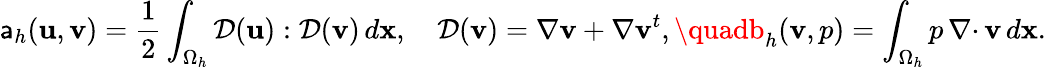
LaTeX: \mathsf{a}_{h}({\mathbf{u}},{\mathbf{v}})=\frac{1}{2}\int_{\Omega_{h}}{\mathcal{{D}}}({\mathbf{u}}):{\mathcal{{D}}}({\mathbf{v}})\, d{\mathbf{x}},\quad{\mathcal{{D}}}({\mathbf{v}})=\nabla{\mathbf{v}}+\nabla{\mathbf{v}}^{t},\quadb_{h}({\mathbf{v}},p)=\int_{\Omega_{h}}p\, {{\nabla\cdot}\, }{\mathbf{v}}\, d{\mathbf{x}}.